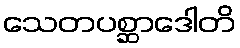
သေတပစ္ဆာဒေါတိ